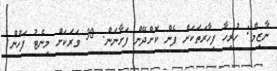
ނާޒިމް: ހުރިހާ ފިހާރަތަކަށް ފެން ކޮށްދޭން ފަށާނަން. 30 ވަރަކަށް މިނެޓު ފަހުން.